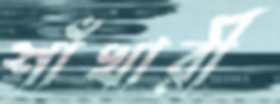
শাঁখারী